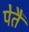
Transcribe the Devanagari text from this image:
पेतैं